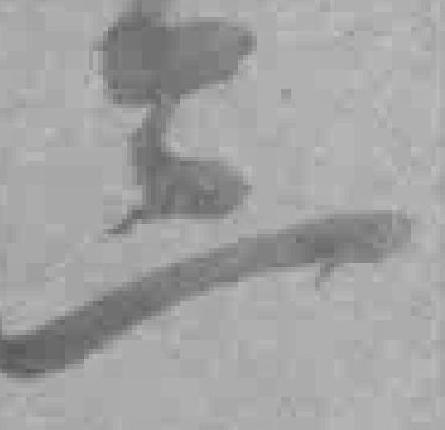
三